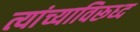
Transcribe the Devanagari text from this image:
त्यांच्याविरूध्द